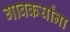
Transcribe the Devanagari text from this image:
गावकर्यांना